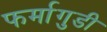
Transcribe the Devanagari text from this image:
फर्मागुडी